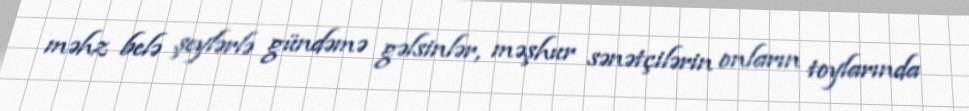
məhz belə şeylərlə gündəmə gəlsinlər, məşhur sənətçilərin onların toylarında